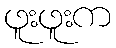
ဖူးဖူးက